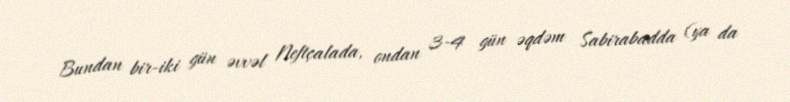
Bundan bir-iki gün əvvəl Neftçalada, ondan 3-4 gün əqdəm Sabirabadda (ya da